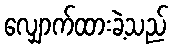
လျှောက်ထားခဲ့သည်